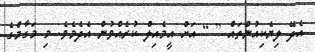
އެދޭ ލިޔެކިއުންތައް [ ] އަށް އީމެއިލް ކުރެއްވުން އެދެމެވެ. މި މަގާމްގެ